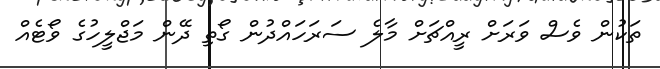
ތަކުން ވެސް ވަރަށް ރީއްޗަށް މާލެ ސަރަހައްދުން ގޯތި ދޭން މަޖްލީހުގެ ވޯޓެއް